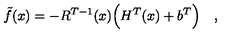
\tilde { f } ( x ) = - R ^ { T - 1 } ( x ) \Bigl ( H ^ { T } ( x ) + b ^ { T } \Bigr ) \quad ,